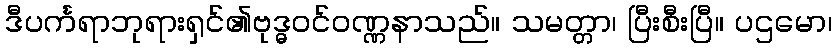
ဒီပင်္ကရာဘုရားရှင်၏ဗုဒ္ဓဝင်ဝဏ္ဏနာသည်။ သမတ္တာ၊ ပြီးစီးပြီ။ ပဌမော၊